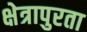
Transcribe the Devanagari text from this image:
क्षेत्रापुरता